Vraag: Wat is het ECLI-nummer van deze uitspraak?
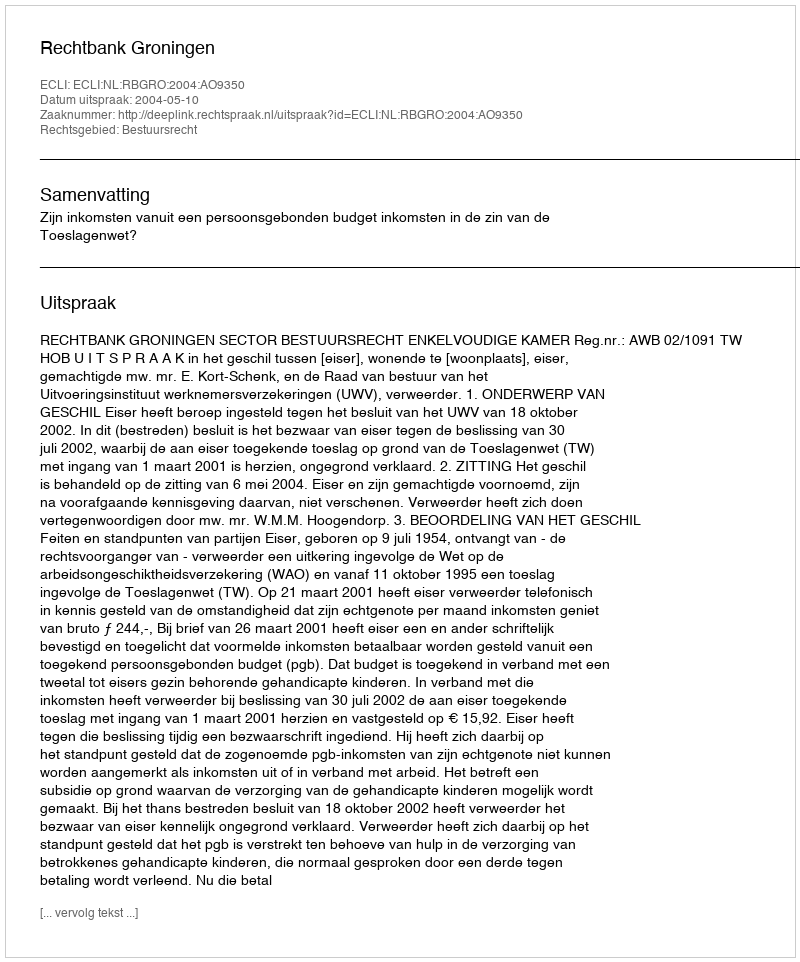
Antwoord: ECLI:NL:RBGRO:2004:AO9350